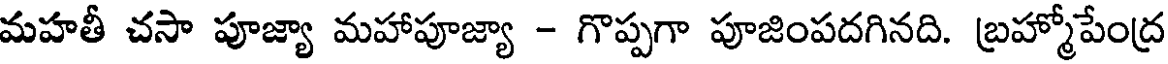
మహతీ చసా పూజ్యా మహాపూజ్యా - గొప్పగా పూజింపదగినది. బ్రహ్మోపేంద్ర